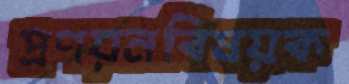
প্রণয়নবিষয়ক